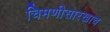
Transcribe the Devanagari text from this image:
चिमणीसारखाच